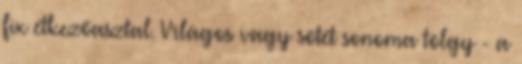
fix étkezőasztal. Világos vagy sötét sonoma tölgy - a